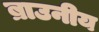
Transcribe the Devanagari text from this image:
ब्राउनीय